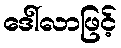
ဒေါ်လာဖြင့်